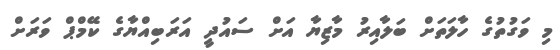
މި ވަގުތުގެ ހާލަތަށް ބަލާއިރު މާޒިޔާ އަށް ސައުދީ އަރަބިއްޔާގެ ކޭމްޕް ވަރަށް